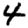
Digit: 4